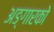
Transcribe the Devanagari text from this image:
अङ्गारको